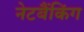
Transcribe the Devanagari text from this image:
नेटबैंकिंग